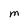
Character: M